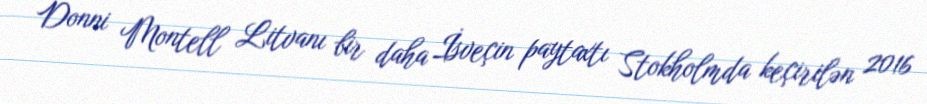
Donni Montell Litvanı bir daha İsveçin paytaxtı Stokholmda keçirilən 2016